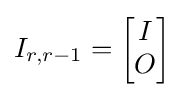
I_{r,r-1}={\begin{bmatrix}I\\O\end{bmatrix}}